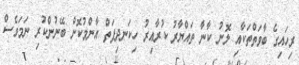
ރިހައިގެ ބާވަތްތަކާއި ލޮނު ކާނާ ތައްޔާރު ކުރާއިރު ހިކަނދިފަތް އާންމުކޮށް ބޭނުންކުރި ނަމަވެސް